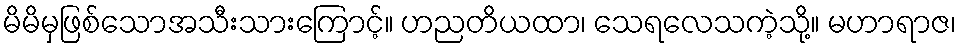
မိမိမှဖြစ်သောအသီးသားကြောင့်။ ဟညတိယထာ၊ သေရလေသကဲ့သို့။ မဟာရာဇ၊